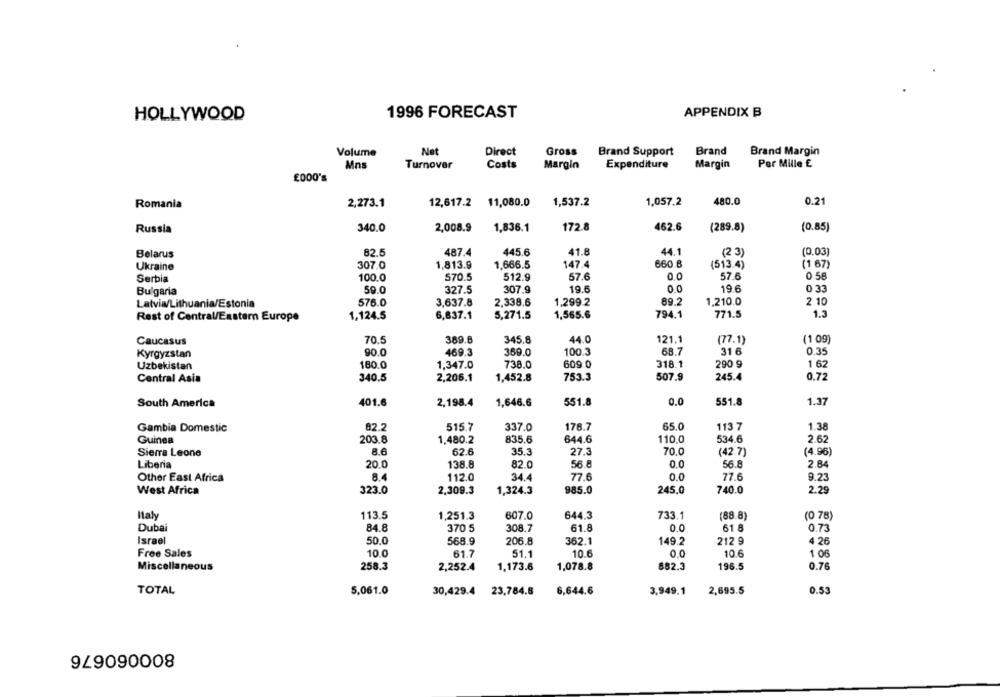
HOLLYWOOD
1996 FORECAST
APPENDIX B
Volume
Net
Direct
Gross
Brand Support
Brand
Brand Margin
Mns
Turnover
Costs
Margin
Expenditure
Margin
Per Mille E
£000's
1,057.2
480.0
0.21
Romania
2,273.1
12,617.2 11,080.0
1,537.2
Russia
340.0
2,008.9
1,836.1
172.8
462.6
(289.8)
(0.85)
445.6
44.1
(0.03)
Belarus
82.5
487.4
41.8
(2 3)
307.0
1,813.9
1.666.5
147.4
660 8
(513.4)
(1 67)
Ukraine
Serbia
100.0
570.5
512.9
57.6
0,0
57.6
0 58
Bulgaria
59.0
327.5
307.9
19.6
0.0
19.6
0 33
1.210.0
Latvia/Lithuania/Estonia
576.0
3,637.8
2,338.6
1,299.2
89.2
2 10
5,271.5
1,565.6
794.1
771.5
1.3
Rest of Central/Eastern Europe
1,124.5
6,837.1
Caucasus
70.5
369.6
345.8
44.0
121.1
(77.1)
(1 09)
Kyrgyzstan
90.0
469.3
369.0
100.3
68.7
31 6
0.35
290 9
Uzbekistan
180.0
1,347.0
738.0
609 0
318.1
1 62
2,206.1
1,452.8
753.3
507.9
245.4
0.72
Central Asia
340.5
South America
401.6
2,198.4
1,646.6
551.8
0.0
551.8
1.37
65.0
Gambia Domestic
82.2
515.7
337.0
178.7
113 7
1.38
203.8
1,480.2
835.6
644.6
110.0
534.6
2.62
Guinea
Sierra Leone
8.6
62.6
35.3
27.3
70.0
(42.7)
(4.96)
Liberia
20.0
138.8
82.0
56.8
0.0
56.8
2.84
Other East Africa
8.4
112.0
34.4
77.6
0.0
77.6
9.23
West Africa
323.0
2,309.3
1,324.3
985.0
245.0
740.0
2.29
Italy
113.5
1,251.3
607.0
644.3
733.1
(88.8)
(0 78)
Dubai
84.8
370 5
308.7
61.8
0.0
61 8
0.73
Israel
50.0
568.9
206.8
362.1
149.2
212 9
4 26
Free Sales
10.0
61.7
51.1
10.6
0.0
10.6
1 06
Miscellaneous
258.3
2,252.4
1,173.6
1,078.8
882.3
196.5
0.76
TOTAL
5,061.0
30,429.4 23,784.8
6,644.6
3,949.1
2,695.5
0.53
800060676